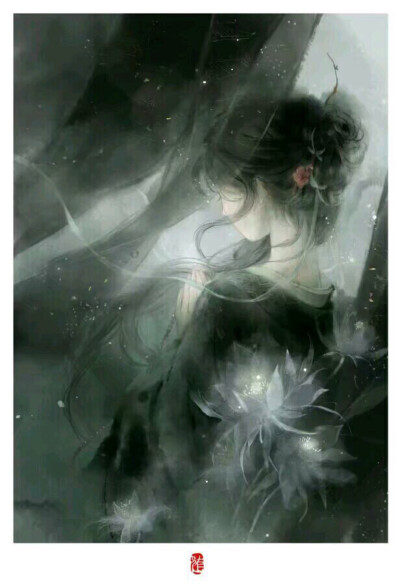
睡里消魂无说处。觉来惆怅消魂误。